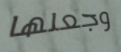
وجعلها